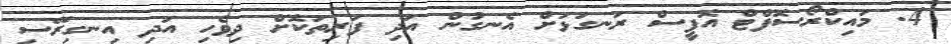
4. މައިކްރޯސޮފްޓް އޮފީސް ރަނގަޅަށް އެނގުން އަދި ފަރިތަކޮށް ދިވެހި އަދި އިނގިރޭސި